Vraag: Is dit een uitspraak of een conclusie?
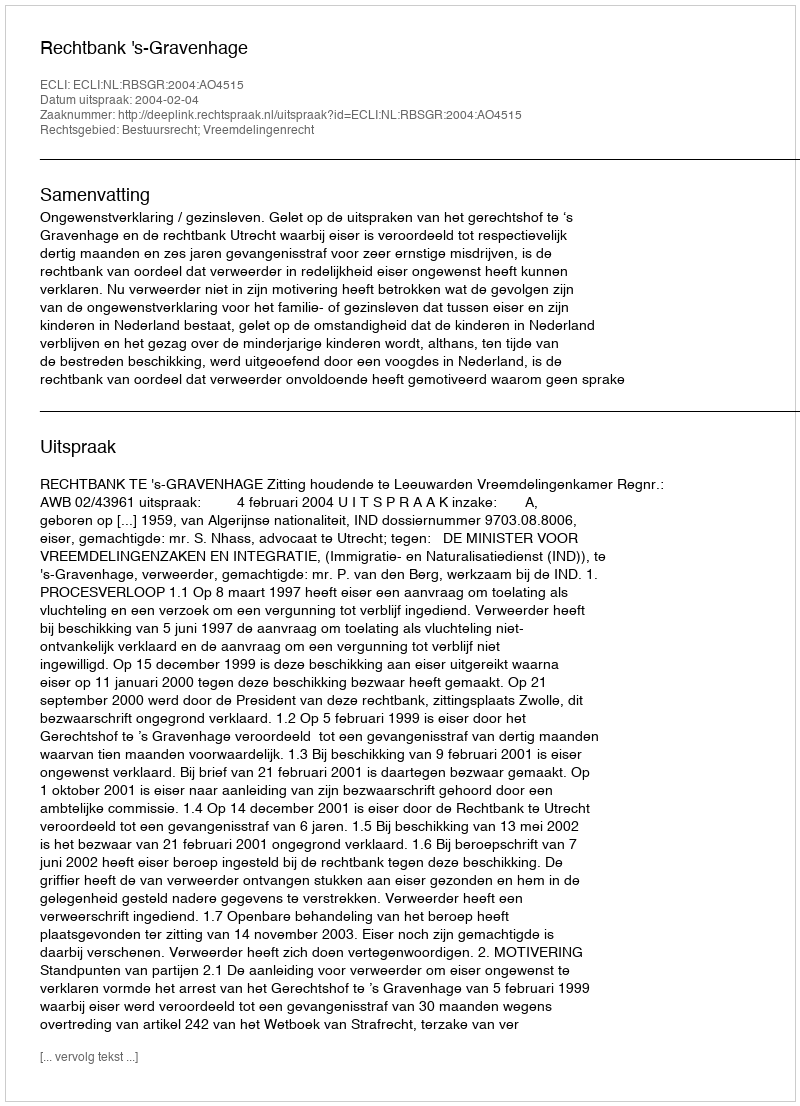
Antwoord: Uitspraak